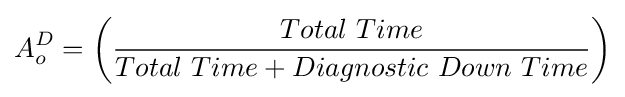
A_{o}^{D}=\left({\frac {Total\ Time}{Total\ Time+Diagnostic\ Down\ Time}}\right)